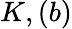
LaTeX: K,(b)